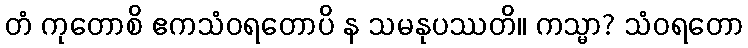
တံ ကုတောစိ ဧကသံဝရတောပိ န သမနုပဿတိ။ ကသ္မာ? သံဝရတော